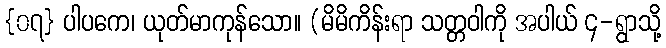
{၀၇} ပါပကေ၊ ယုတ်မာကုန်သော။ (မိမိကိန်းရာ သတ္တဝါကို အပါယ် ၄-ရွာသို့